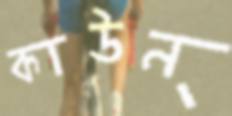
কাউন্